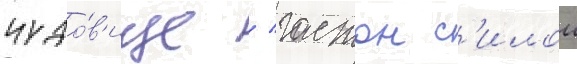
чудо́в'ище / гастон с'илои